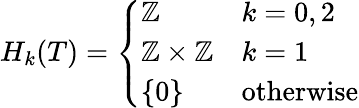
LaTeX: H_{k}(T)={\left\{ \begin{array}{ll}{\mathbb{Z}}&{k=0,2}\\ {\mathbb{Z}\times\mathbb{Z}}&{k=1}\\ {\{ 0\} }&{{\mathrm{otherwise}}}\end{array}\right.}